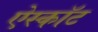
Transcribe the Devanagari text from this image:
ऐस्कॉट